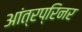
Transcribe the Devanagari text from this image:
आंत्रप्रिनर